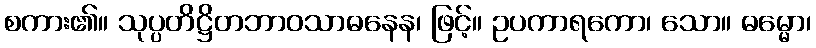
စကား၏။ သုပ္ပတိဋ္ဌိတဘာဝသာဓနေန၊ ဖြင့်။ ဥပကာရကော၊ သော။ ဓမ္မော၊